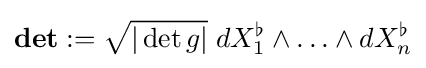
\mathbf {det} :={\sqrt {|\det g|}}\;dX_{1}^{\flat }\wedge \ldots \wedge dX_{n}^{\flat }